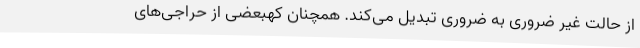
از حالت غیر ضروری به ضروری تبدیل می‌کند. همچنان کهبعضی از حراجی‌های